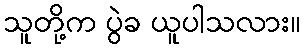
သူတို့က ပွဲခ ယူပါသလား။